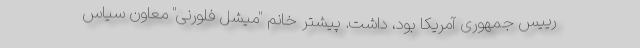
رییس جمهوری آمریکا بود، داشت. پیشتر خانم "میشل فلورنی" معاون سیاس